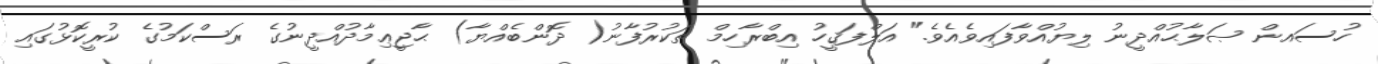
ހުސައން ޞަލާޙުއްދީނު ލިޔުއްވާފައިވެއެވެ." އަލްފަޤީހު އިބްރާހިމް ތަކުރުފާނު( ދޮންބެއްޔާ) ޙާޖީޢިމާދުއްދީނުގެ ރަސްކަމުގެ ކުރީކޮޅުގައި